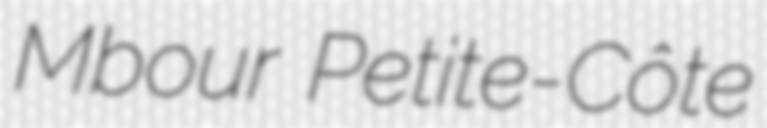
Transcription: Mbour Petite-Côte